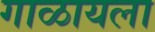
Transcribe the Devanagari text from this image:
गाळायला